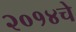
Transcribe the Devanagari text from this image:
२०१४चे